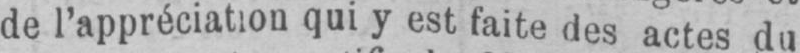
de l’appréciation qui y est faite des actes du